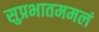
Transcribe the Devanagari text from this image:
सुप्रभातममलं